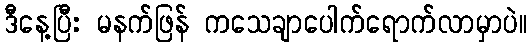
ဒီနေ့ပြီး မနက်ဖြန် ကသေချာပေါက်ရောက်လာမှာပဲ။